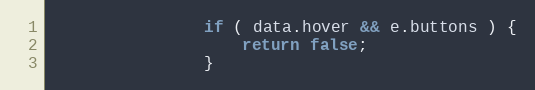
Language: JavaScript
                if ( data.hover && e.buttons ) {
                    return false;
                }